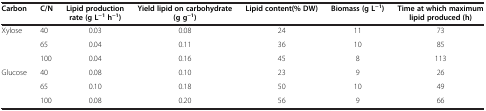
<table><thead><tr><td><b>Carbon</b></td><td><b>C/N</b></td><td><b>Lipid production rate (g L<sup>−1</sup> h<sup>−1</sup>)</b></td><td><b>Yield lipid on carbohydrate(g g<sup>−1</sup>)</b></td><td><b>Lipid content (% DW)</b></td><td><b>Biomass (g L<sup>−1</sup>)</b></td><td><b>Time at which maximum lipid produced (h)</b></td></tr></thead><tbody><tr><td>Xylose</td><td>40</td><td>0.03</td><td>0.08</td><td>24</td><td>11</td><td>73</td></tr><tr><td> </td><td>65</td><td>0.04</td><td>0.11</td><td>36</td><td>10</td><td>85</td></tr><tr><td> </td><td>100</td><td>0.04</td><td>0.16</td><td>45</td><td>8</td><td>113</td></tr><tr><td>Glucose</td><td>40</td><td>0.08</td><td>0.10</td><td>23</td><td>9</td><td>26</td></tr><tr><td> </td><td>65</td><td>0.10</td><td>0.18</td><td>50</td><td>10</td><td>49</td></tr><tr><td> </td><td>100</td><td>0.08</td><td>0.20</td><td>56</td><td>9</td><td>66</td></tr></tbody></table>